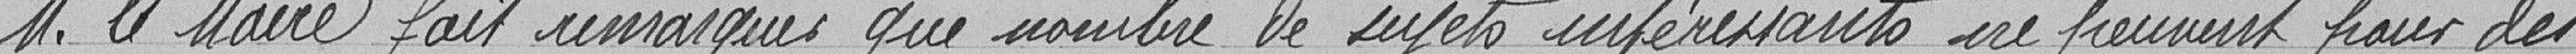
Monsieur le Maire remarquer que nombre de sujets intéressants ne peuvent pour des